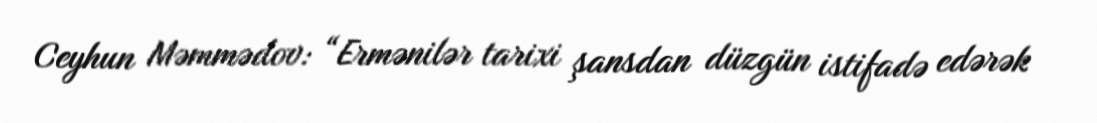
Ceyhun Məmmədov: “Ermənilər tarixi şansdan düzgün istifadə edərək